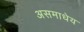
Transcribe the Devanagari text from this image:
असमाधेय